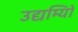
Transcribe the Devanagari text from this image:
उद्यम्यिों